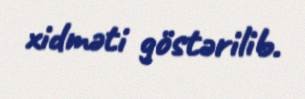
xidməti göstərilib.